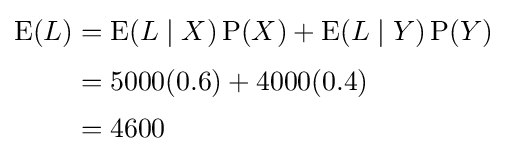
{\begin{aligned}\operatorname {E} (L)&=\operatorname {E} (L\mid X)\operatorname {P} (X)+\operatorname {E} (L\mid Y)\operatorname {P} (Y)\\[3pt]&=5000(0.6)+4000(0.4)\\[2pt]&=4600\end{aligned}}